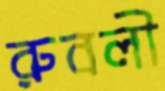
রুবলী